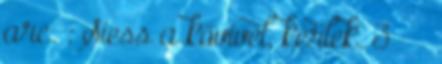
arc. : Siess a kővivel, kérlek. 3 ^ ^